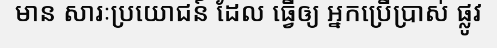
មាន សារៈប្រយោជន៍ ដែល ធ្វើឲ្យ អ្នកប្រើប្រាស់ ផ្លូវ